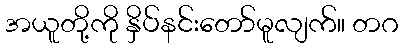
အယူတို့ကို နှိပ်နင်းတော်မူလျက်။ တဂ